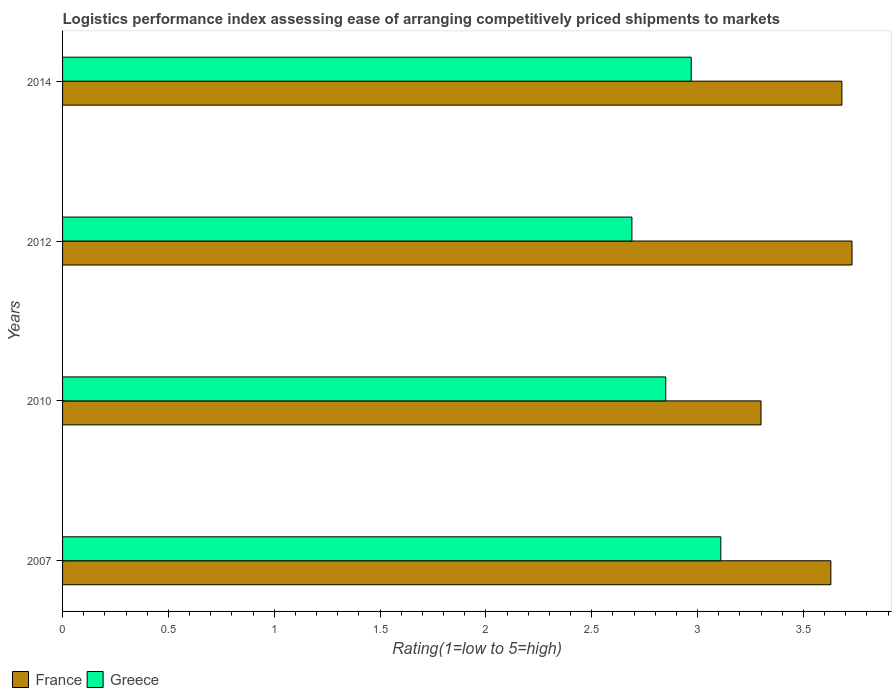
| Years | France | Greece |
 | --- | --- | --- |
 | 2007 | 3.63 | 3.11 |
 | 2010 | 3.3 | 2.85 |
 | 2012 | 3.73 | 2.69 |
 | 2014 | 3.68 | 2.97 |